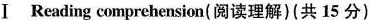
Ⅰ Reading comprehension(阅读理解)(共 15 分)